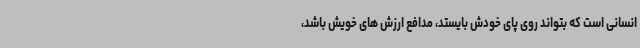
انسانی است که بتواند روی پای خودش بایستد، مدافع ارزش های خویش باشد،